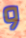
و